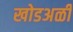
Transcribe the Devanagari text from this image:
खोडअळी